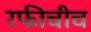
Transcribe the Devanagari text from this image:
रफीचीच